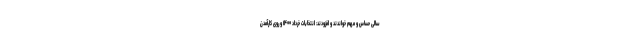
سالی حساس و مهم خواندند و افزودند: انتخابات خرداد ۱۴۰۰ و روی کارآمدن